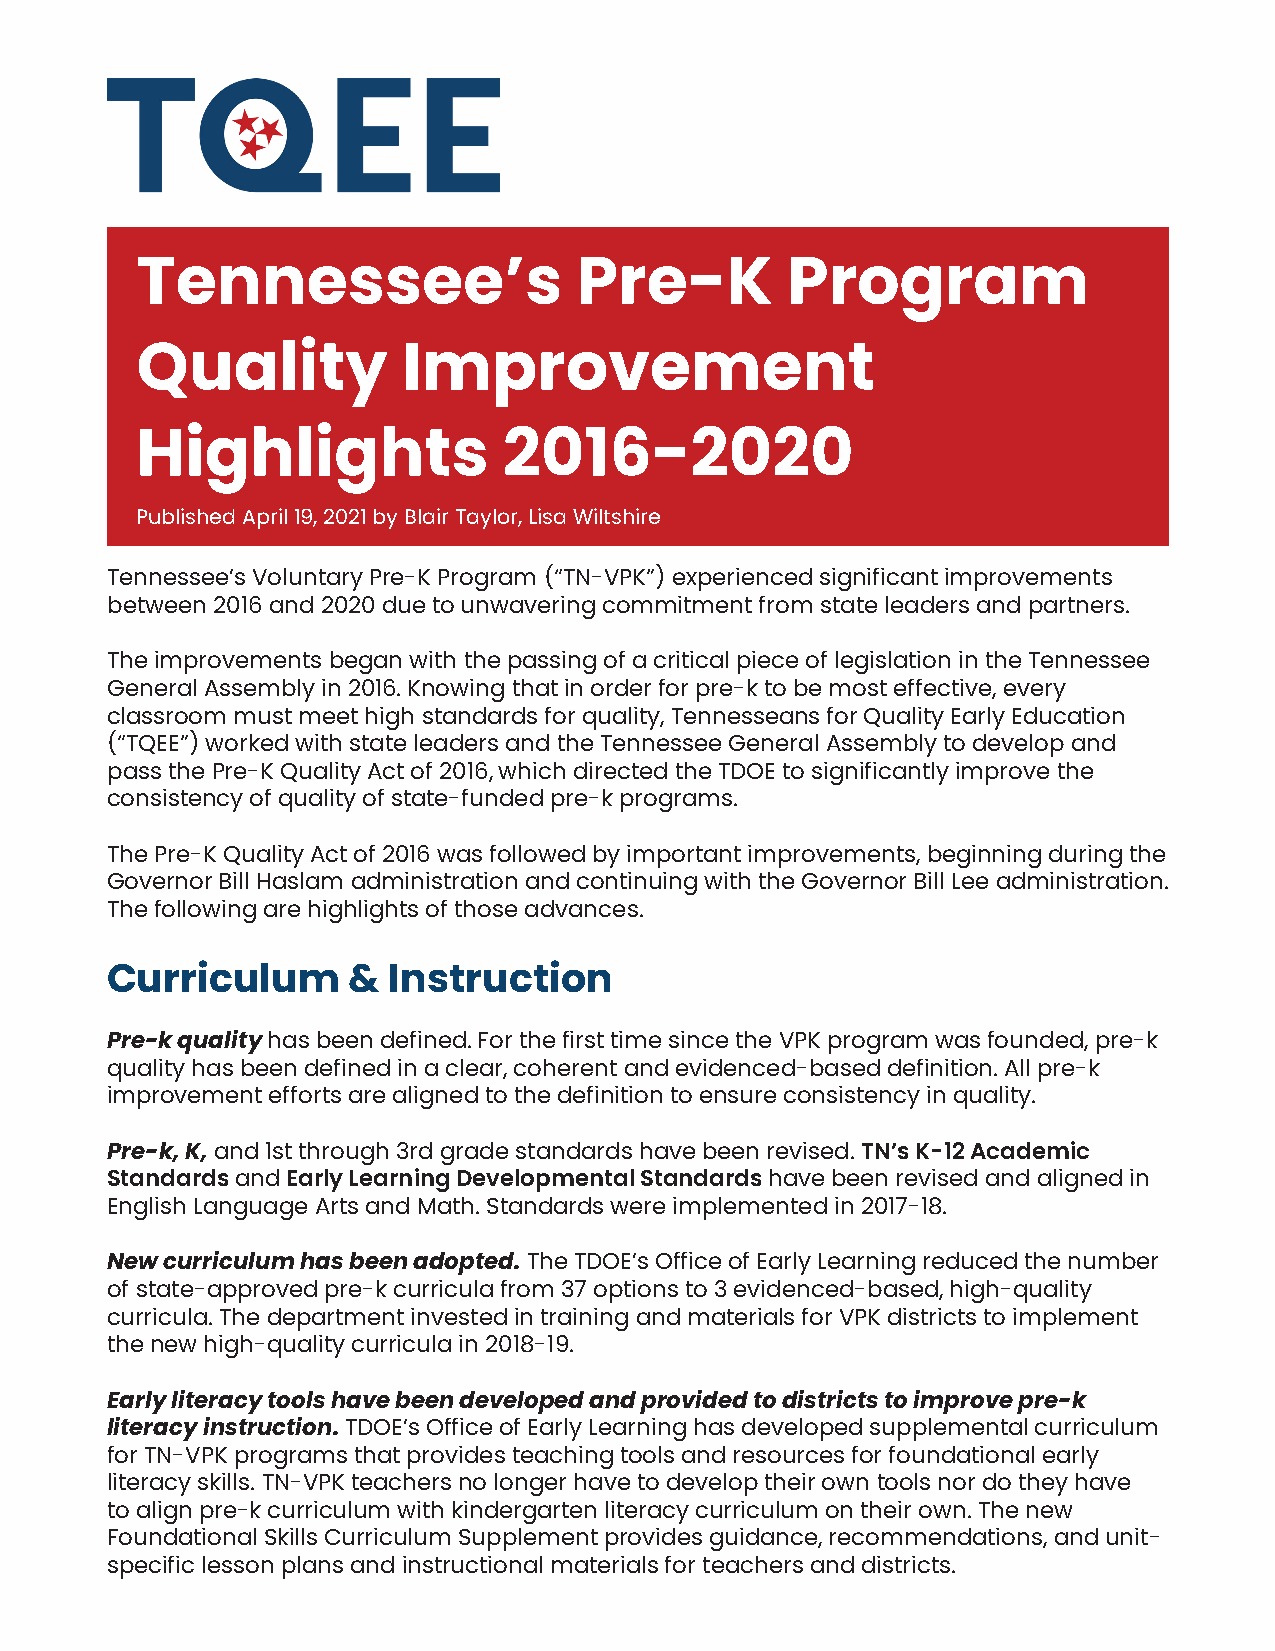
Tennessee’s                  Pre-K         Program
 Quality           Improvement
 Highlights              2016-2020
 Published April 19, 2021 by Blair Taylor, Lisa Wiltshire
 Tennessee’s Voluntary Pre-K Program (“TN-VPK”) experienced significant improvements
 between 2016 and 2020 due to unwavering commitment from state leaders and partners.
 The improvements began with the passing of a critical piece of legislation in the Tennessee
 General Assembly in 2016. Knowing that in order for pre-k to be most effective, every
 classroom must meet high standards for quality, Tennesseans for Quality Early Education
 (“TQEE”) worked with state leaders and the Tennessee General Assembly to develop and
 pass the Pre-K Quality Act of 2016, which directed the TDOE to significantly improve the
 consistency of quality of state-funded pre-k programs.
 The Pre-K Quality Act of 2016 was followed by important improvements, beginning during the
 Governor Bill Haslam administration and continuing with the Governor Bill Lee administration.
 The following are highlights of those advances.
 Curriculum      &  Instruction
 Pre-k quality has been defined. For the first time since the VPK program was founded, pre-k
 quality has been defined in a clear, coherent and evidenced-based definition. All pre-k
 improvement efforts are aligned to the definition to ensure consistency in quality.
 Pre-k, K, and 1st through 3rd grade standards have been revised. TN’s K-12 Academic
 Standards and Early Learning Developmental Standards have been revised and aligned in
 English Language Arts and Math. Standards were implemented in 2017-18.
 New curriculum has been adopted. The TDOE’s Office of Early Learning reduced the number
 of state-approved pre-k curricula from 37 options to 3 evidenced-based, high-quality
 curricula. The department invested in training and materials for VPK districts to implement
 the new high-quality curricula in 2018-19.
 Early literacy tools have been developed and provided to districts to improve pre-k
 literacy instruction. TDOE’s Office of Early Learning has developed supplemental curriculum
 for TN-VPK programs that provides teaching tools and resources for foundational early
 literacy skills. TN-VPK teachers no longer have to develop their own tools nor do they have
 to align pre-k curriculum with kindergarten literacy curriculum on their own. The new
 Foundational Skills Curriculum Supplement provides guidance, recommendations, and unit-
 specific lesson plans and instructional materials for teachers and districts.